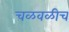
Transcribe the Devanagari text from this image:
चळवळीच